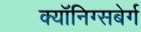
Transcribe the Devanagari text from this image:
क्यॉनिग्सबेर्ग